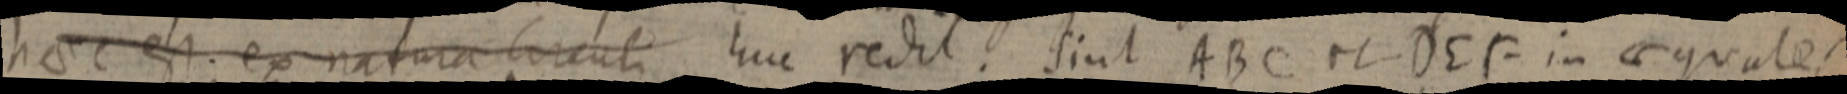
haec est. ex natura circuli huc redit. Sint ABC et DEF in aequales